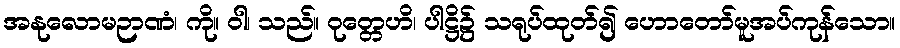
အနုလောမဉာဏံ၊ ကို။ ဝါ၊ သည်။ ဝုတ္တေဟိ၊ ပါဋ္ဌိ၌ သရုပ်ထုတ်၍ ဟောတော်မူအပ်ကုန်သော။